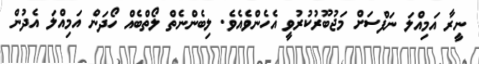
ނީރާ އަމިއްލަ ނަފްސަށް މަޖުބޫރުކުރުވީ އެހެންވެއެވެ. ލިބެންނެތް ލޯތްބެއް ހޯދަން އަމިއްލަ އެދުން